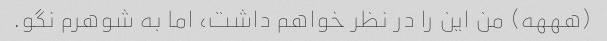
(هههه) من این را در نظر خواهم داشت، اما به شوهرم نگو.